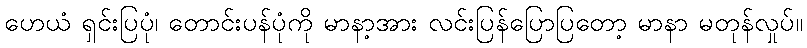
ဟေယံ ရှင်းပြပုံ၊ တောင်းပန်ပုံကို မာနာ့အား လင်းပြန်ပြောပြတော့ မာနာ မတုန်လှုပ်။